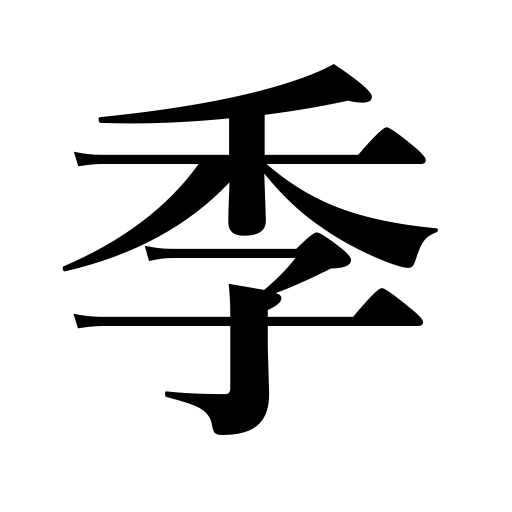
Meanings: season